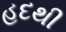
હદથી